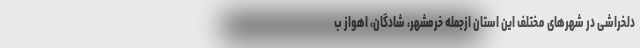
دلخراشی در شهر‌های مختلف این استان ازجمله خرمشهر، شادگان، اهواز ب